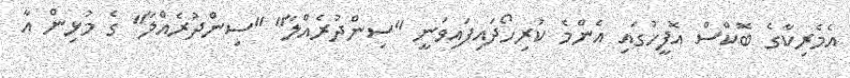
އެމެރިކާގެ ބޮކްސް އޮފީހުގައި އެންމެ ކުރިހޯދައިފައިވަނީ "ސިންދުރެއްލާ" "ސިންދުރެއްލާ" ގެ މުޅިން އާ